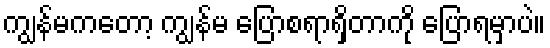
ကျွန်မကတော့ ကျွန်မ ပြောစရာရှိတာကို ပြောရမှာပဲ။